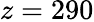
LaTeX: z=290